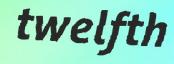
twelfth